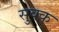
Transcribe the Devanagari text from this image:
सुक्क